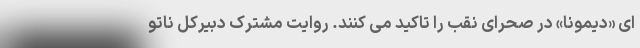
ای «دیمونا» در صحرای نقب را تاکید می کنند. روایت مشترک دبیرکل ناتو